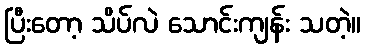
ပြီးတော့ သိပ်လဲ သောင်းကျန်း သတဲ့။